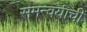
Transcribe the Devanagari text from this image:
समन्वयाची